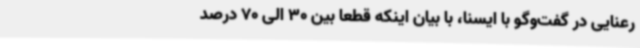
رعنایی در گفت‌وگو با ایسنا، با بیان اینکه قطعا بین 30 الی 70 درصد